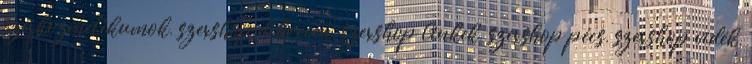
szexkozmetikumok, szexshop debrecen, szexshop linkek, szexshop pécs, szexshop vidék,